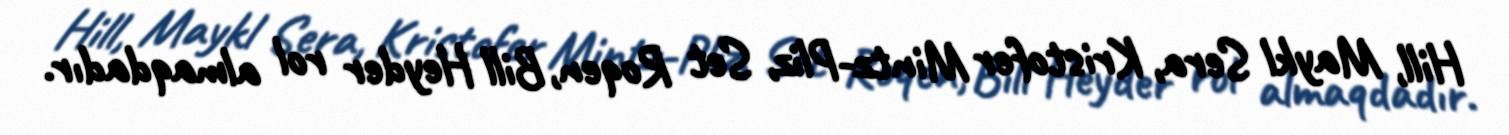
Hill, Maykl Sera, Kristofer Mintz-Pliz, Set Roqen, Bill Heyder rol almaqdadır.